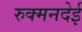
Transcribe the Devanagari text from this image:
रुक्मनदेई